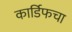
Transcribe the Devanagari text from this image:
कार्डिफचा